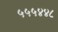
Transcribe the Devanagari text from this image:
५५५४४८